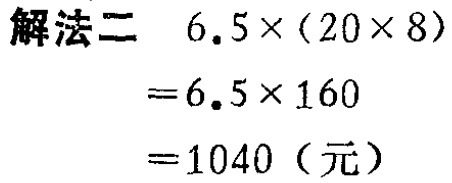
```

解法二 \(6.5\times(20\times8)\)

\(=6.5\times160\)

\(=1040\)（元）

```